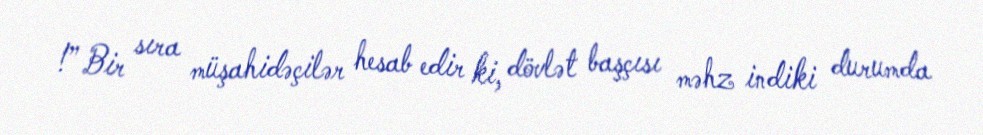
!” Bir sıra müşahidəçilər hesab edir ki, dövlət başçısı məhz indiki durumda